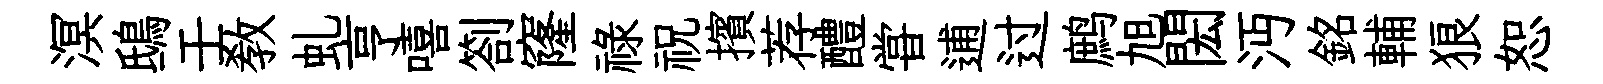
溟鴟壬敎虬亨嘻劄窿祿祝擯荐醴甞逋过鹧旭閎沔銘輔狼恕